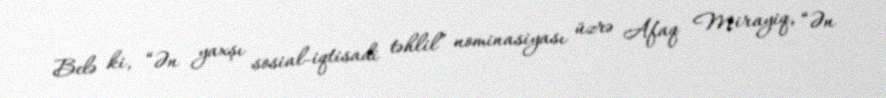
Belə ki, “Ən yaxşı sosial-iqtisadi təhlil” nominasiyası üzrə Afaq Mirayiq, “Ən